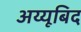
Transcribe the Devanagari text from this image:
अय्यूबिद